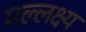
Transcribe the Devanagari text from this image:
मल्लक्ष्य